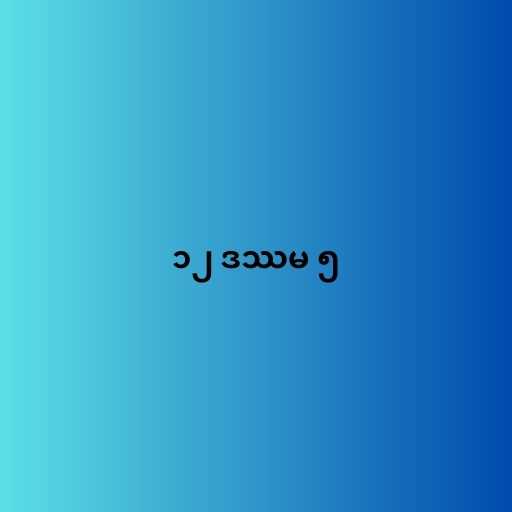
၁၂ ဒဿမ ၅